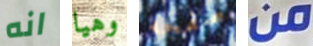
انه وهيا صفحه من